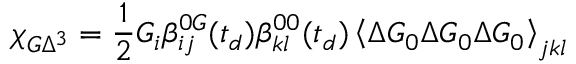
\chi _ { G \Delta ^ { 3 } } = \frac { 1 } { 2 } G _ { i } \beta _ { i j } ^ { 0 G } ( t _ { d } ) \beta _ { k l } ^ { 0 0 } ( t _ { d } ) \left\langle \Delta \boldsymbol { G } _ { 0 } \Delta \boldsymbol { G } _ { 0 } \Delta \boldsymbol { G } _ { 0 } \right\rangle _ { j k l }